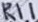
Text: R11